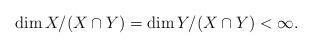
LaTeX: \begin{align*}\dim X/(X\cap Y)=\dim Y/(X\cap Y)<\infty.\end{align*}